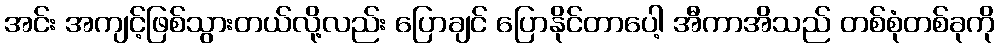
အင်း အကျင့်ဖြစ်သွားတယ်လို့လည်း ပြောချင် ပြောနိုင်တာပေါ့ အီကာအိသည် တစ်စုံတစ်ခုကို